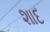
શાદ